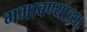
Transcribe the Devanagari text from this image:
गमावण्याच्या